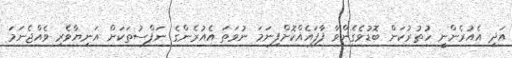
އަދި އެއުރެންނީ ހުތުރުކަން ބޮޑުވެގެންވާ ފާފައެއްކޮށްފިނަމަ ނުވަތަ އެއުރެންގެ ނަފްސުތަކަށް އަނިޔާވެރި ވެއްޖެނަމަ